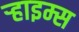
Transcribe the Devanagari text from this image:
र्‍हाइम्स